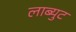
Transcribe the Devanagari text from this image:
लाब्युट